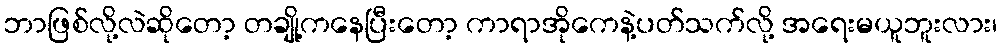
ဘာဖြစ်လို့လဲဆိုတော့ တချို့ကနေပြီးတော့ ကာရာအိုကေနဲ့ပတ်သက်လို့ အရေးမယူဘူးလား၊